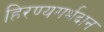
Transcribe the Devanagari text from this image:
हिरण्यगर्भदान